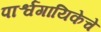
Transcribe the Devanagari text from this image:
पार्श्वगायिकेचे